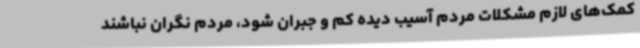
کمک‌های لازم مشکلات مردم آسیب دیده کم و جبران شود، مردم نگران نباشند